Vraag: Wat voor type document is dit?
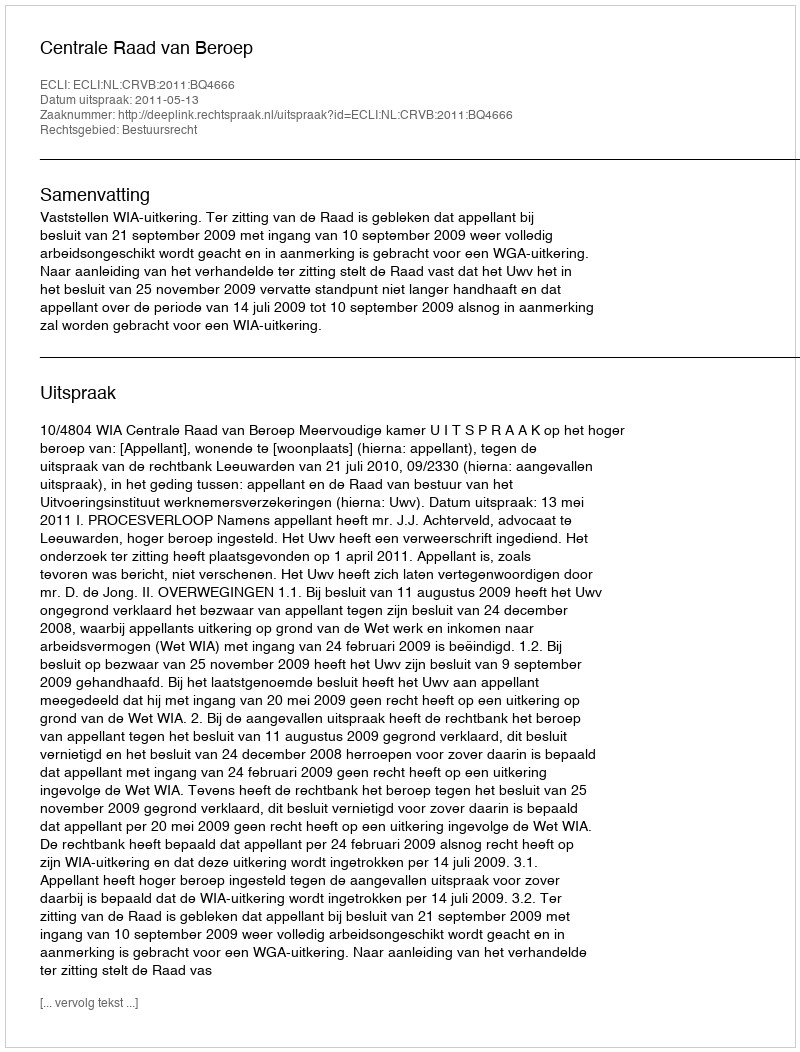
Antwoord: Uitspraak